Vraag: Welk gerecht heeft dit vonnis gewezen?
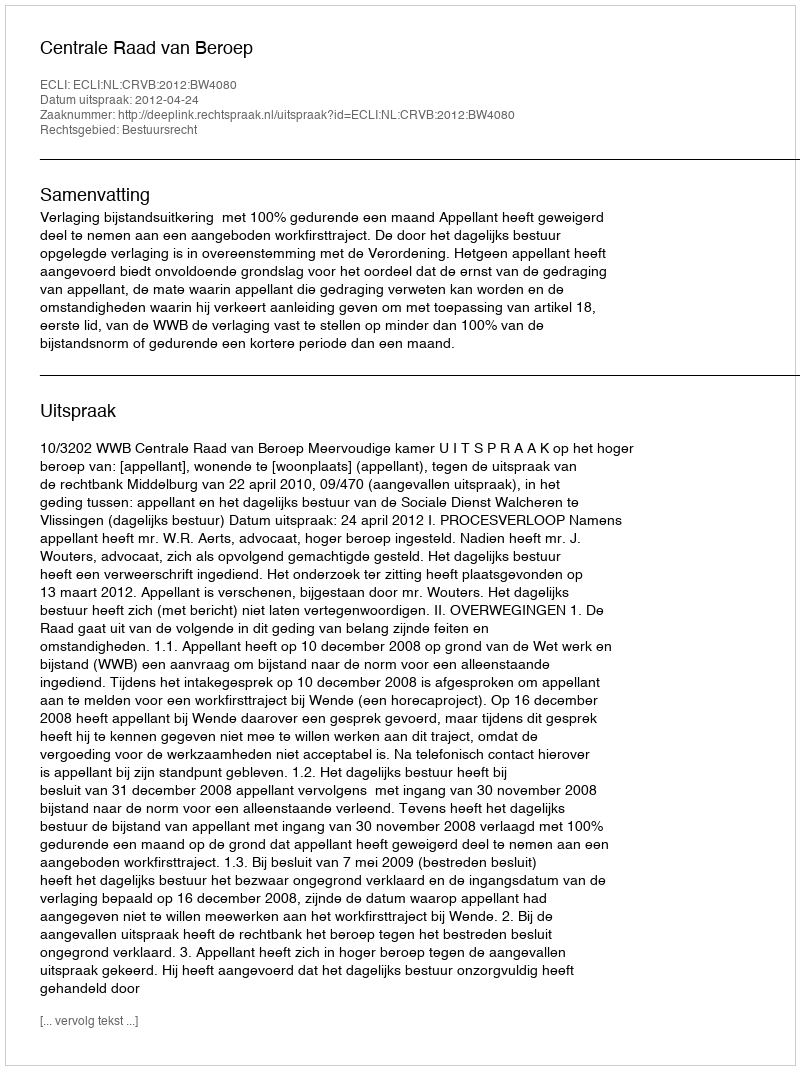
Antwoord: Centrale Raad van Beroep